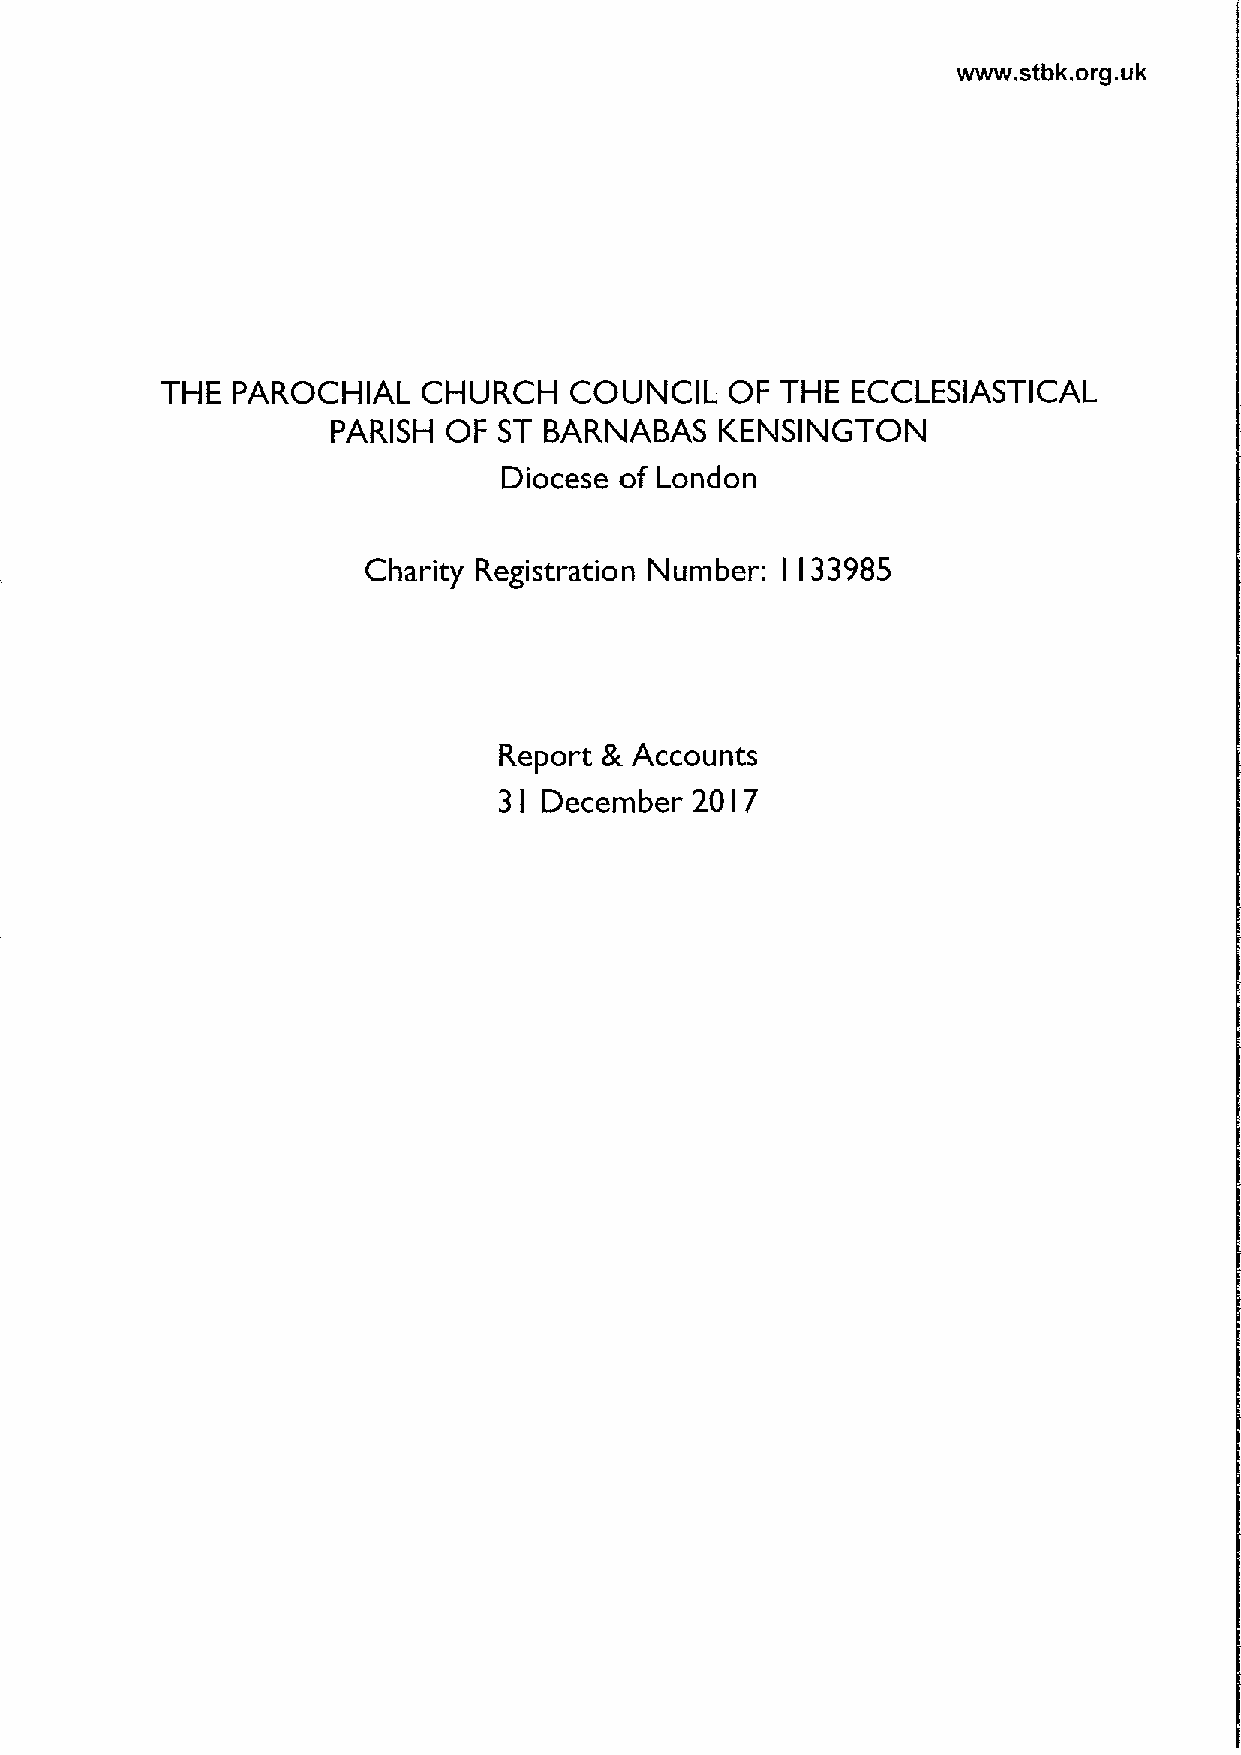
www. stbk.org.uk
 THE PAROCHIAL    CHURCH    COUNCIL   OF  THE ECCLESIASTICAL
 PARISH  OF ST BARNABAS    KENSINGTON
 Diocese of London
 Charity Registration Number:  33985
 I I
 Report   Accounts
 8r.
 3  December  20 7
 I             I